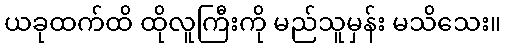
ယခုထက်ထိ ထိုလူကြီးကို မည်သူမှန်း မသိသေး။